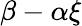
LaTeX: \beta-\alpha\xi